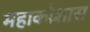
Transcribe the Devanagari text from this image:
महाकोशास